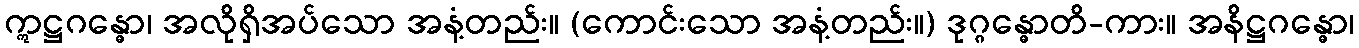
ဣဋ္ဌဂန္ဓော၊ အလိုရှိအပ်သော အနံ့တည်း။ (ကောင်းသော အနံ့တည်း။) ဒုဂ္ဂန္ဓောတိ-ကား။ အနိဋ္ဌဂန္ဓော၊